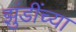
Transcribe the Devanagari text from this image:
झुंडींच्या